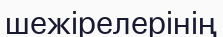
шежірелерінің